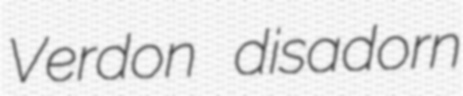
Verdon disadorn